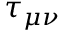
\tau _ { \mu \nu }